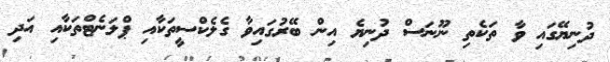
ދުނިޔޭގައި ވާ ތަކެތި ނޫނަސް ދުނިޔެ އިން ބޭރުގައިވާ ގެލެކްސީތަކާއި ޕްލަނެޓްތަކާއި އަދި